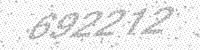
Solution: 692212